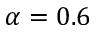
\alpha = 0 . 6